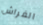
الفراش